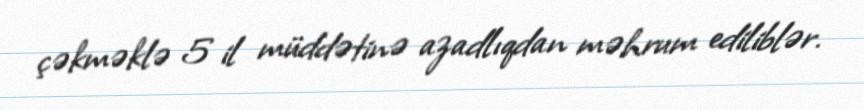
çəkməklə 5 il müddətinə azadlıqdan məhrum ediliblər.